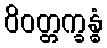
ဝိဝတ္တက္ခန္ဓံ